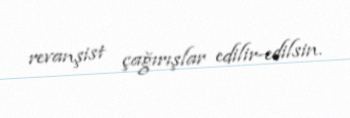
revanşist çağırışlar edilir-edilsin.